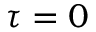
\tau = 0